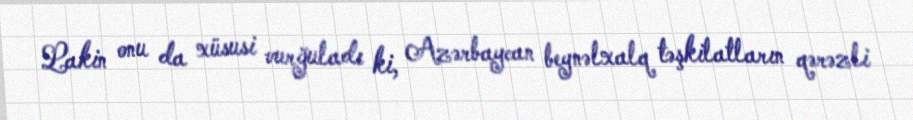
Lakin onu da xüsusi vurğuladı ki, Azərbaycan beynəlxalq təşkilatların qərəzli